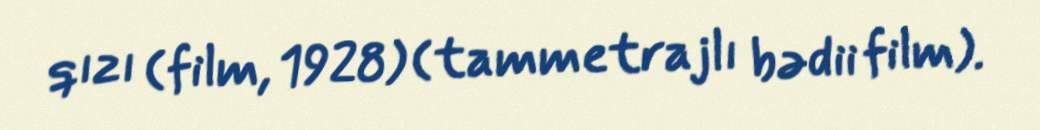
qızı (film, 1928) (tammetrajlı bədii film).